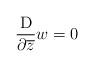
LaTeX: \begin{align*} \frac{{\rm{D}}}{\partial\overline{z}}w=0 \end{align*}